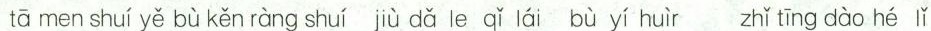
tā men shuí yě bù kěn ràng shuí jù dǎ le qǐ lái bù yí huìr zhǐ tīng dào hé lǐ